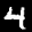
Label: 4